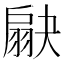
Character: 𦑗